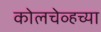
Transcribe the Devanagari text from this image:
कोलचेव्हच्या